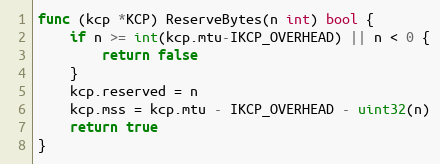
Language: Go
func (kcp *KCP) ReserveBytes(n int) bool {
	if n >= int(kcp.mtu-IKCP_OVERHEAD) || n < 0 {
		return false
	}
	kcp.reserved = n
	kcp.mss = kcp.mtu - IKCP_OVERHEAD - uint32(n)
	return true
}